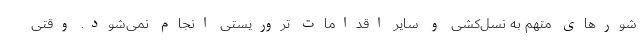
شورهای متهم به نسل‌کشی و سایر اقدامات تروریستی انجام نمی‌شود. وقتی